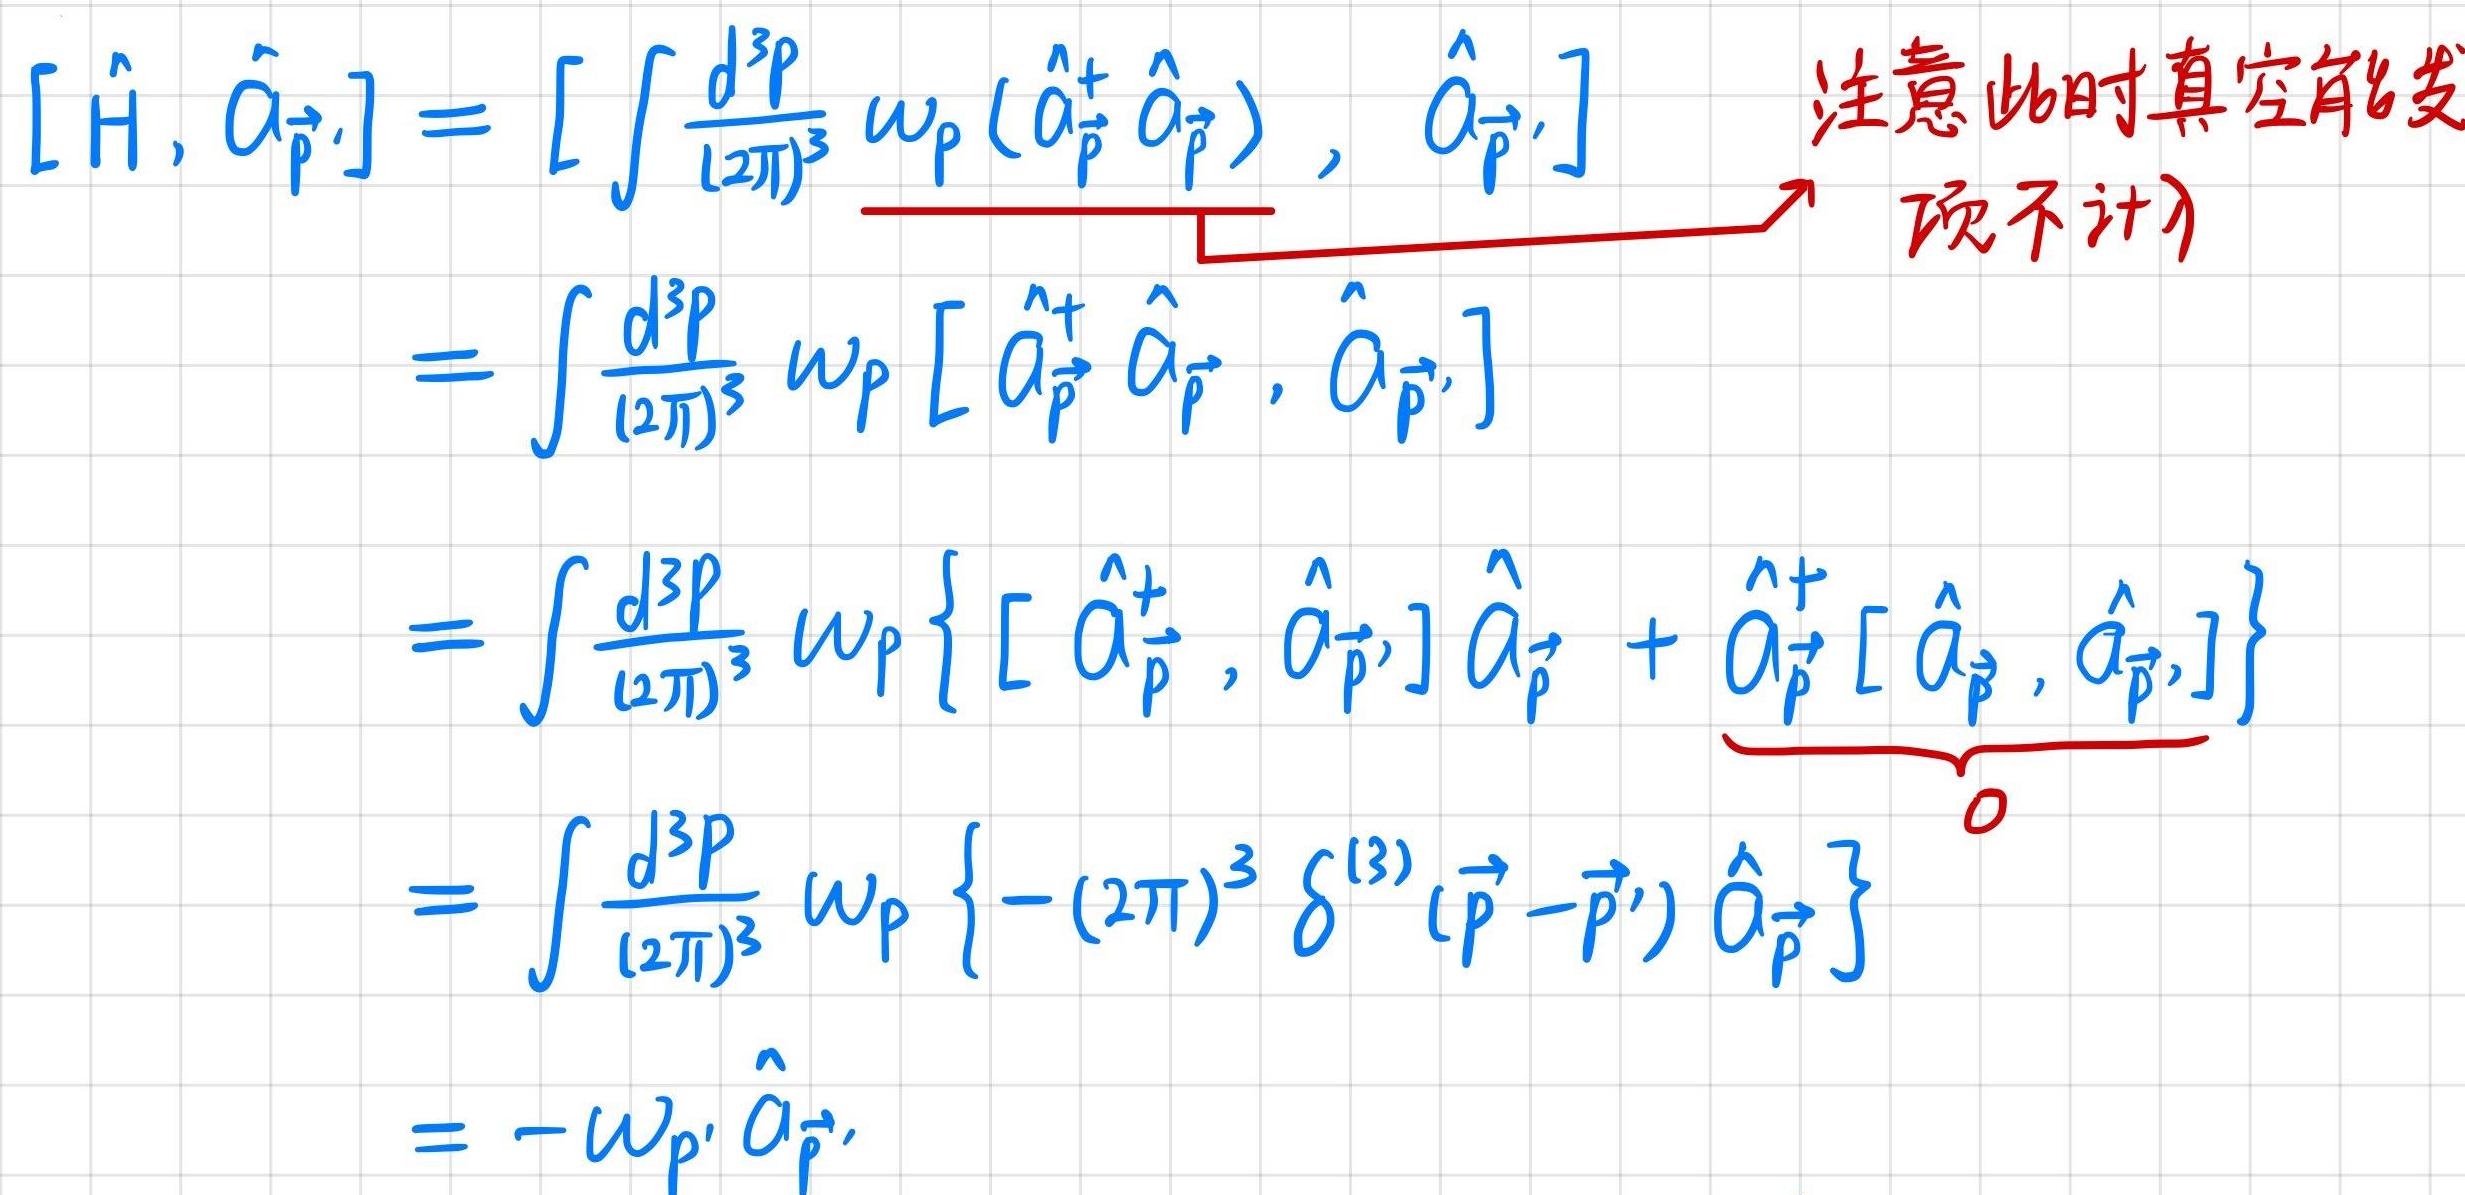
\[
\begin{align*}
[\hat{H}, \hat{a}_{\vec{p}'}]&=\left[\int \frac{d^{3}p}{(2\pi)^{3}} \omega_{p} (\hat{a}_{\vec{p}}^{\dagger} \hat{a}_{\vec{p}}), \hat{a}_{\vec{p}'}\right] \quad \\
&=\int \frac{d^{3}p}{(2\pi)^{3}} \omega_{p} [\hat{a}_{\vec{p}}^{\dagger} \hat{a}_{\vec{p}}, \hat{a}_{\vec{p}'}]\\
&=\int \frac{d^{3}p}{(2\pi)^{3}} \omega_{p} \{[\hat{a}_{\vec{p}}^{\dagger}, \hat{a}_{\vec{p}'}] \hat{a}_{\vec{p}} + \hat{a}_{\vec{p}}^{\dagger} [\hat{a}_{\vec{p}}, \hat{a}_{\vec{p}'}]\}\\
&=\int \frac{d^{3}p}{(2\pi)^{3}} \omega_{p} \left\{-(2\pi)^{3} \delta^{(3)} (\vec{p}-\vec{p}') \hat{a}_{\vec{p}}\right\}\\
&=-\omega_{p'} \hat{a}_{\vec{p}'}
\end{align*}
\]注意此时真空能发项不计